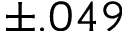
\pm . 0 4 9